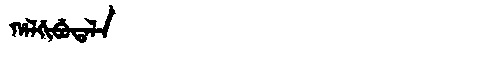
Manchu: ᡥᠠᠯᡤᡳᠪᡠᡨᠠᠯᠠ
Romanization: HALGIBUTALA